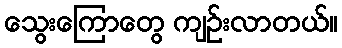
သွေးကြောတွေ ကျဉ်းလာတယ်။